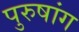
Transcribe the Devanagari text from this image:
पुरुषांग